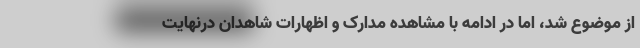
از موضوع شد، اما در ادامه با مشاهده مدارک و اظهارات شاهدان درنهایت